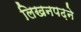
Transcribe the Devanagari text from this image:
लिखनपढ़ने